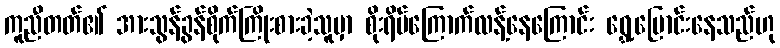
ကူညီတတ်၏ အားသွန်ခွန်စိုက်ကြိုးစားခဲ့သူမှာ စိုးရိမ်ကြောက်လန့်နေကြောင်း ရွှေ့ပြောင်းနေသည်ဟု